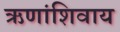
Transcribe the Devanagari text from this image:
ऋणांशिवाय